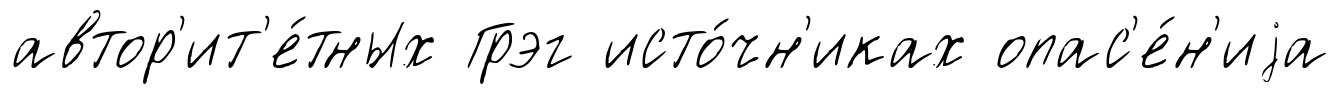
автор'ит'е́тных Грэг исто́чн'иках опас'е́н'иjа